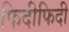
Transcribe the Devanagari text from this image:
फिदीफिदी